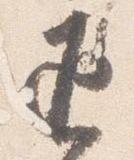
返